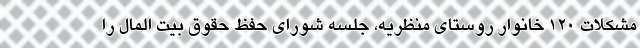
مشکلات 120 خانوار روستای منظریه، جلسه شورای حفظ حقوق بیت المال را